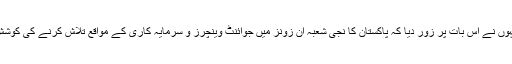
چین کے سفیر نے کہا کہ سی پیک کے تحت پاکستان میں اسپیشل اکنامک زون قائم کئے جائیں گے لہذا انہوں نے اس بات پر زور دیا کہ پاکستان کا نجی شعبہ ان زونز میں جوائنٹ وینچرز و سرمایہ کاری کے مواقع تلاش کرنے کی کوشش کرے کیونکہ ان زونز میں ان کو کاروباری شراکتوں اور پارٹنرشپ کے بہت سے مواقع فراہم ہوں گے۔